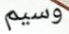
وسيم